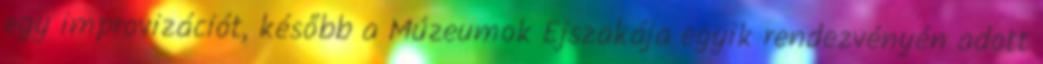
egy improvizációt, később a Múzeumok Éjszakája egyik rendezvényén adott